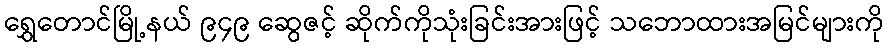
ရွှေတောင်မြို့နယ် ၉၄၉ ဆွေဇင့် ဆိုက်ကိုသုံးခြင်းအားဖြင့် သဘောထားအမြင်များကို